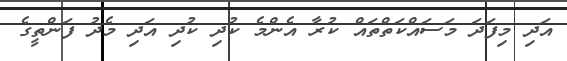
އަދި މިފަދަ މަސައްކަތްތައް ކުރާ އެންމެ ކުދި ކުދި އަދި މެދު ފަންތީގެ